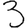
Digit: 3